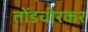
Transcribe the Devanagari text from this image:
तोंडचीरकर